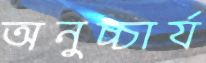
অনুচ্চার্য